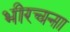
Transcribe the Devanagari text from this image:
भीरचना